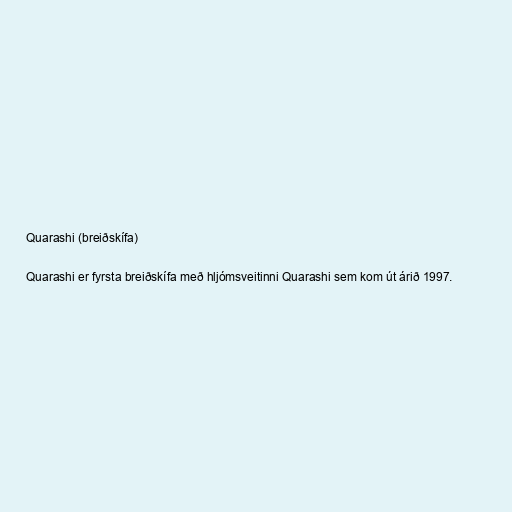
Quarashi (breiðskífa)

Quarashi er fyrsta breiðskífa með hljómsveitinni Quarashi sem kom út árið 1997.